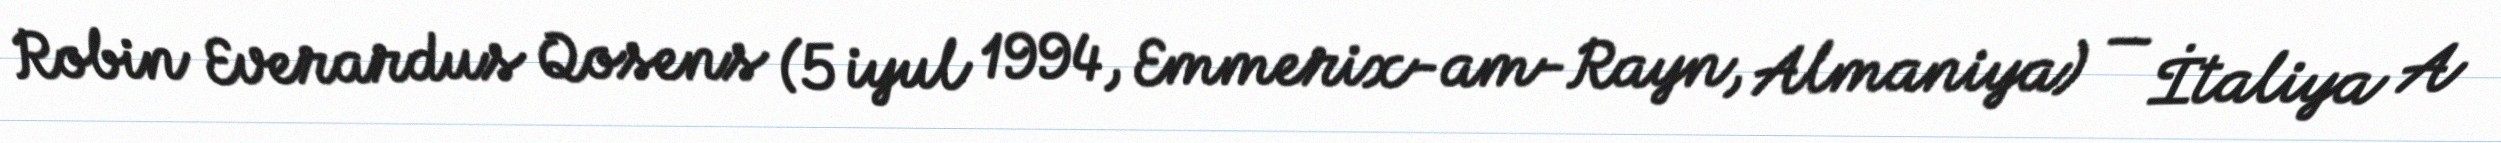
Robin Everardus Qosens (5 iyul 1994, Emmerix-am-Rayn, Almaniya) — İtaliya A